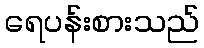
ရေပန်းစားသည်